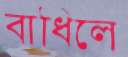
বাধিলে